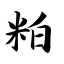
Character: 粕